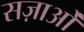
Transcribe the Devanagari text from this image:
सज़ाओं